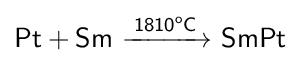
{\mathsf {Pt+Sm\ {\xrightarrow {1810^{o}C}}\ SmPt}}